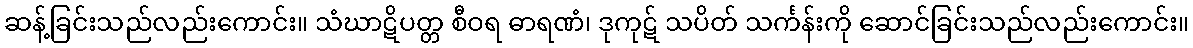
ဆန့်ခြင်းသည်လည်းကောင်း။ သံဃာဋိပတ္တ စီဝရ ဓာရဏံ၊ ဒုကုဋ် သပိတ် သင်္ကန်းကို ဆောင်ခြင်းသည်လည်းကောင်း။